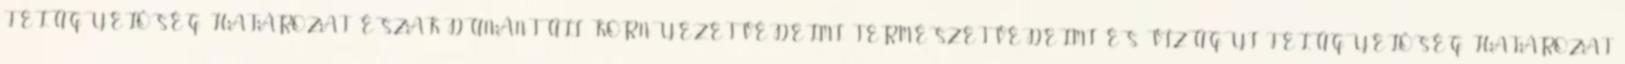
FELÜGYELŐSÉG HATÁROZAT ÉSZAK-DUNÁNTÚLI KÖRNYEZETVÉDELMI, TERMÉSZETVÉDELMI ÉS VÍZÜGYI FELÜGYELŐSÉG HATÁROZAT